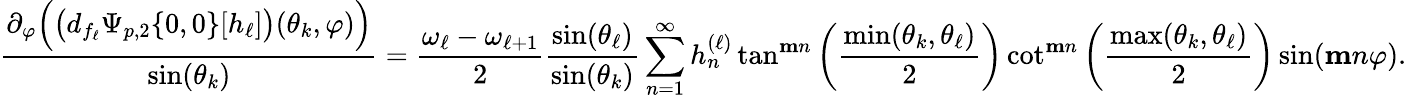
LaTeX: \frac{\partial_{\varphi}\Big(\big(d_{f_{\ell}}\Psi_{p,2}\{ 0,0\} [h_{\ell}]\big)(\theta_{k},\varphi)\Big)}{\sin(\theta_{k})}=\frac{\omega_{\ell}-\omega_{\ell+1}}{2}\frac{\sin(\theta_{\ell})}{\sin(\theta_{k})}\sum_{n=1}^{\infty}h_{n}^{(\ell)}\tan^{\mathbf{m}n}\left(\frac{\operatorname*{min}(\theta_{k},\theta_{\ell})}{2}\right)\cot^{\mathbf{m}n}\left(\frac{\operatorname*{max}(\theta_{k},\theta_{\ell})}{2}\right)\sin(\mathbf{m}n\varphi).